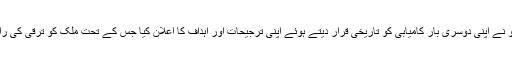
اِدھر صدر نکولس مادورو نے اپنی دوسری بار کامیابی کو تاریخی قرار دیتے ہوئے اپنی ترجیحات اور اہداف کا اعلان کیا جس کے تحت ملک کو ترقی کی راہ پر گامزن کیا جائے گا۔